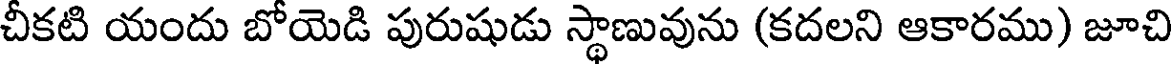
చీకటి యందు బోయెడి పురుషుడు స్థాణువును (కదలని ఆకారము) జూచి